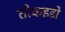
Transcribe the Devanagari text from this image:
तोकइडो